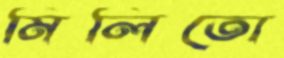
মিলিতো